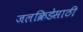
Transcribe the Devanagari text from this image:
जलक्रिडेसाठी